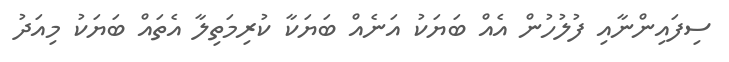
ސިފައިންނާއި ފުލުހުން އެއް ބަޔަކު އަނެއް ބަޔަކާ ކުރިމަތިލާ އެތައް ބަޔަކު މިއަދު